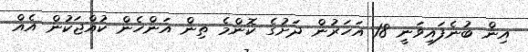
އިން ބުނެފައިވަނީ 18 އަހަރުން ދަށުގެ ކޮންމެ ތިން އަންހެން ކުއްޖަކުން އެއް